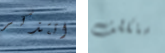
اتتذكر ستكشف